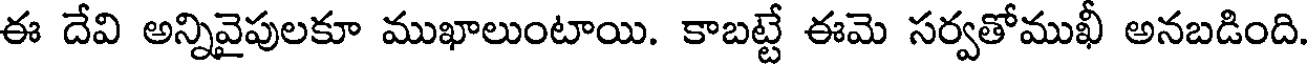
ఈ దేవి అన్నివైపులకూ ముఖాలుంటాయి. కాబట్టే ఈమె సర్వతోముఖీ అనబడింది